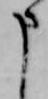
申